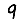
Digit: 9